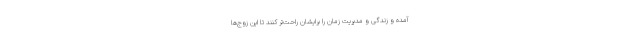
آمده و زندگی و مدیریت زمان را برایشان راحت‌تر کنند تا این زوج‌ها